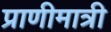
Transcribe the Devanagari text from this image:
प्राणीमात्री